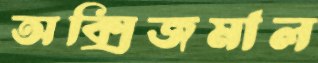
অক্সিজমাল